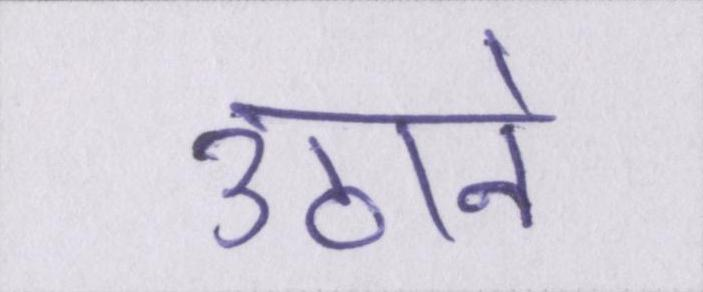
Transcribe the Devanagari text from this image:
उठाने